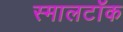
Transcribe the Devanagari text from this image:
स्मालटॉक